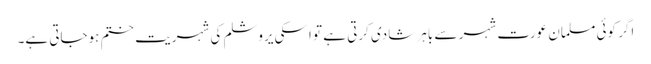
اگر کوئی مسلمان عورت شہر سے باہر شادی کرتی ہے تو اسکی یروشلم کی شہریت ختم ہوجاتی ہے۔